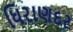
ધિરાણદર